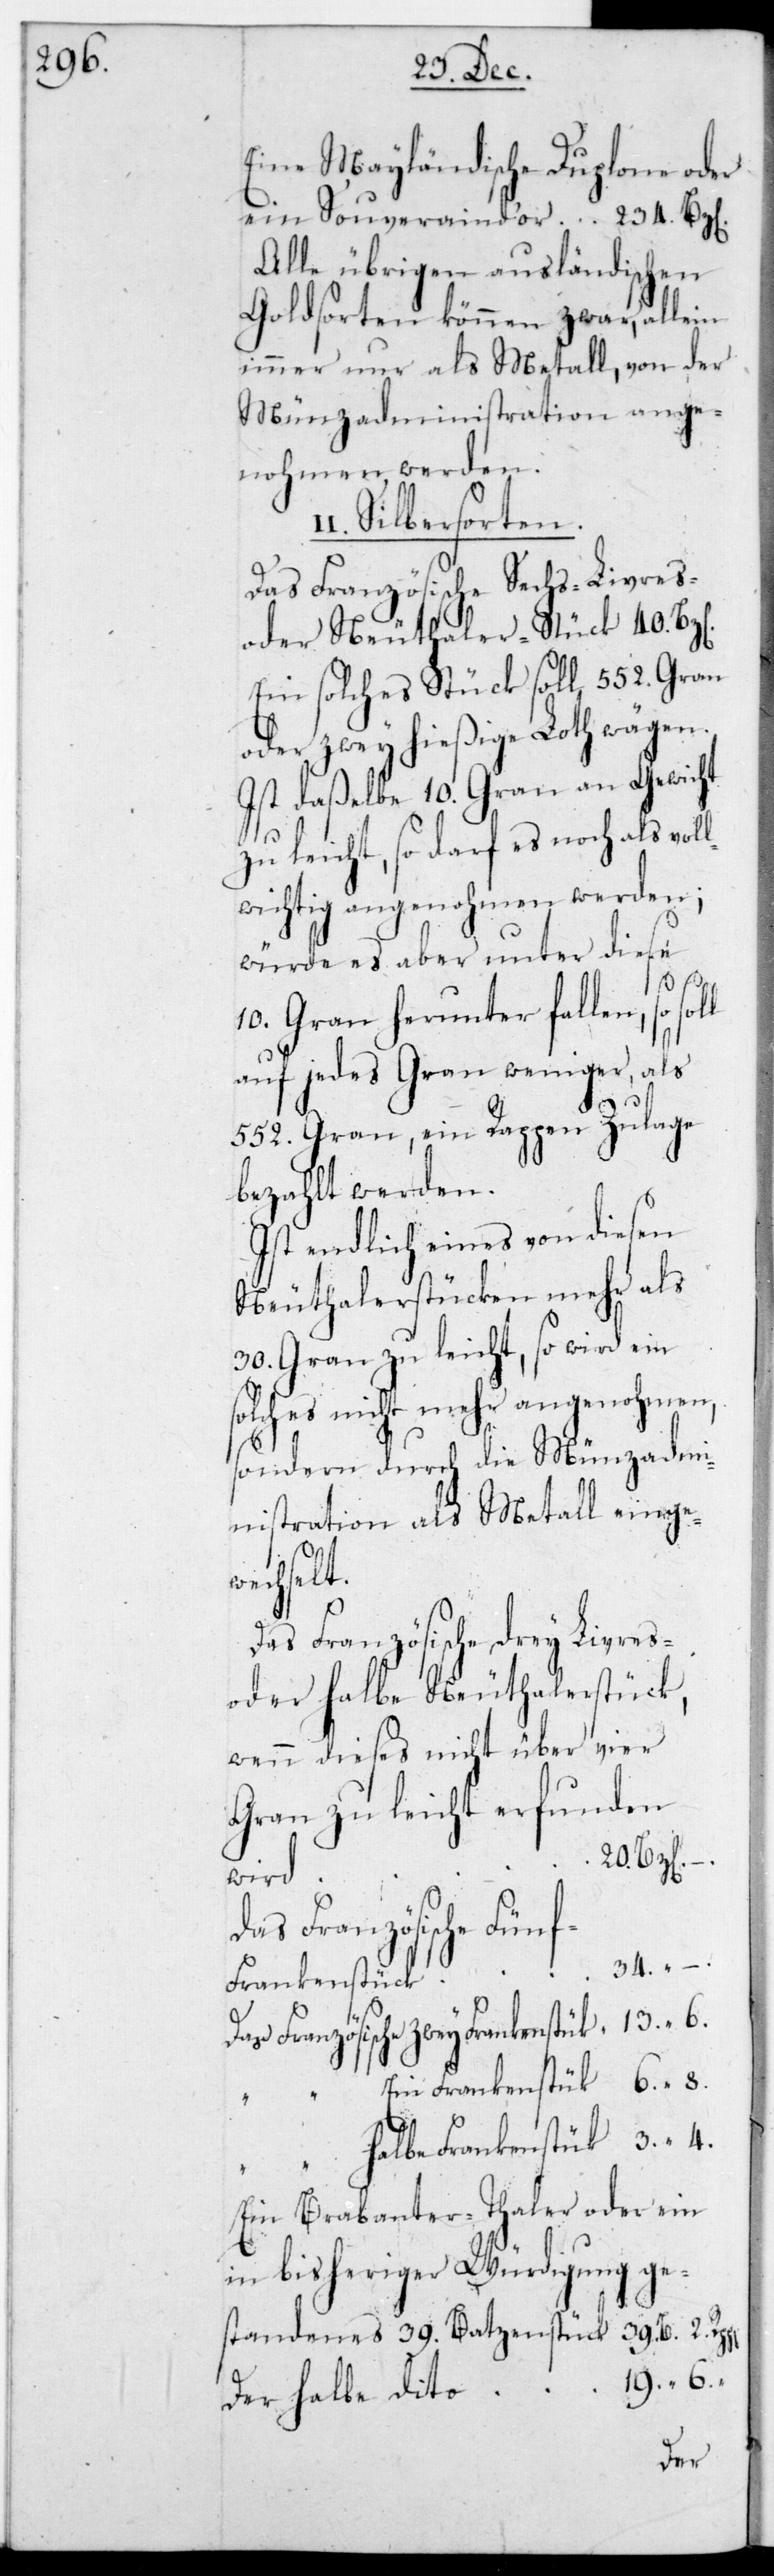
Eine Mayländische Duplone oder
Alle übrigen ausländischen
Geldsorten können zwar, allein
immer nur als Metall, von der
Münzadministration ange¬
nohmen werden.
I. Silbersorten.
Das Französische Sechs-Livres-
oder Neuthaler-Stück für 40.
Ein solches Stück soll 552. Gran
oder zwey hießige Loth wägen.
Ist daßelbe 10. Gran an Gewicht
zu leicht, so darf es noch als vol¬
lwichtig angenohmen werden;
würde es aber unter diese
10. Gran herunter fallen, so
auf jedes Gran weniger, als
552. Gran, ein Rappen Zulage
bezahlt werden.
Ist endlich eines von diesen
Neuthalerstücken mehr als
30. Gran zu leicht, so wird ein
solches nicht mehr angenohmen,
sondern durch die Münzadmi¬
nistration als Metall einge¬
wechselt.
Das Französische drey Livres-
oder halbe Neuthalerstück,
wenn dieses nicht über vier
Gran zu leicht erfunden
wird
Das Französische Fünf-F¬
Frankenstück	13. “ 6.
Ein Frankenstück		 6. “ 8.
2.
halbe Frankenstück	 3. “ 4.
Ein Brabanter-Thaler oder ein
in bisheriger Würdigung ge¬
standenes 39. Batzenstück
Der